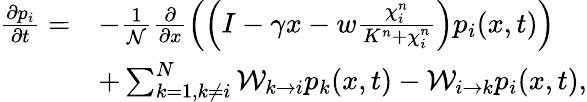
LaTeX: \begin{array}{rl}{\frac{\partial p_{i}}{\partial t}=}&{-\frac{1}{\mathcal{N}}\frac{\partial}{\partial x}\left(\left(I-\gamma x-w\frac{\chi_{i}^{n}}{K^{n}+\chi_{i}^{n}}\right)p_{i}(x,t)\right)}\\ &{+\sum_{k=1,k\neq i}^{N}\mathcal{W}_{k\to i}p_{k}(x,t)-\mathcal{W}_{i\to k}p_{i}(x,t),}\end{array}